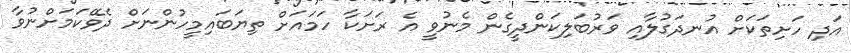
އަދި ހަށިތަކަށް އުނދަގުލާއި ވަރުބަލިކަންދީގެން މެނުވީ އެ ރަށަކާ ހަމައަށް ތިޔަބައިމީހުންނަށް ދެވޭކަމަށްނުވާ